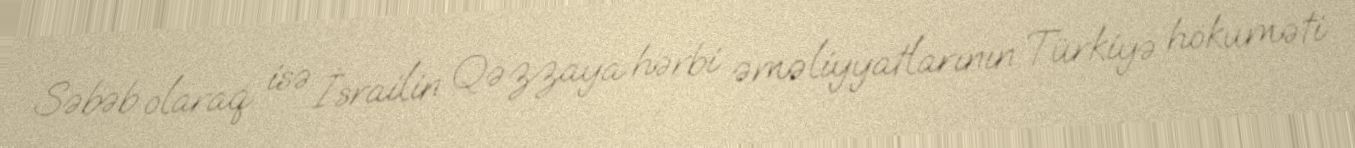
Səbəb olaraq isə İsrailin Qəzzaya hərbi əməliyyatlarının Türkiyə hökuməti